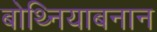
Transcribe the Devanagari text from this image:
बोथ्नियाबनान